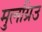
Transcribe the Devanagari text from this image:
मुलग्रिउ